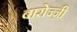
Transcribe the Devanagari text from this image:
बारोज्ज़ी